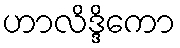
ဟာလိဒ္ဒိကော